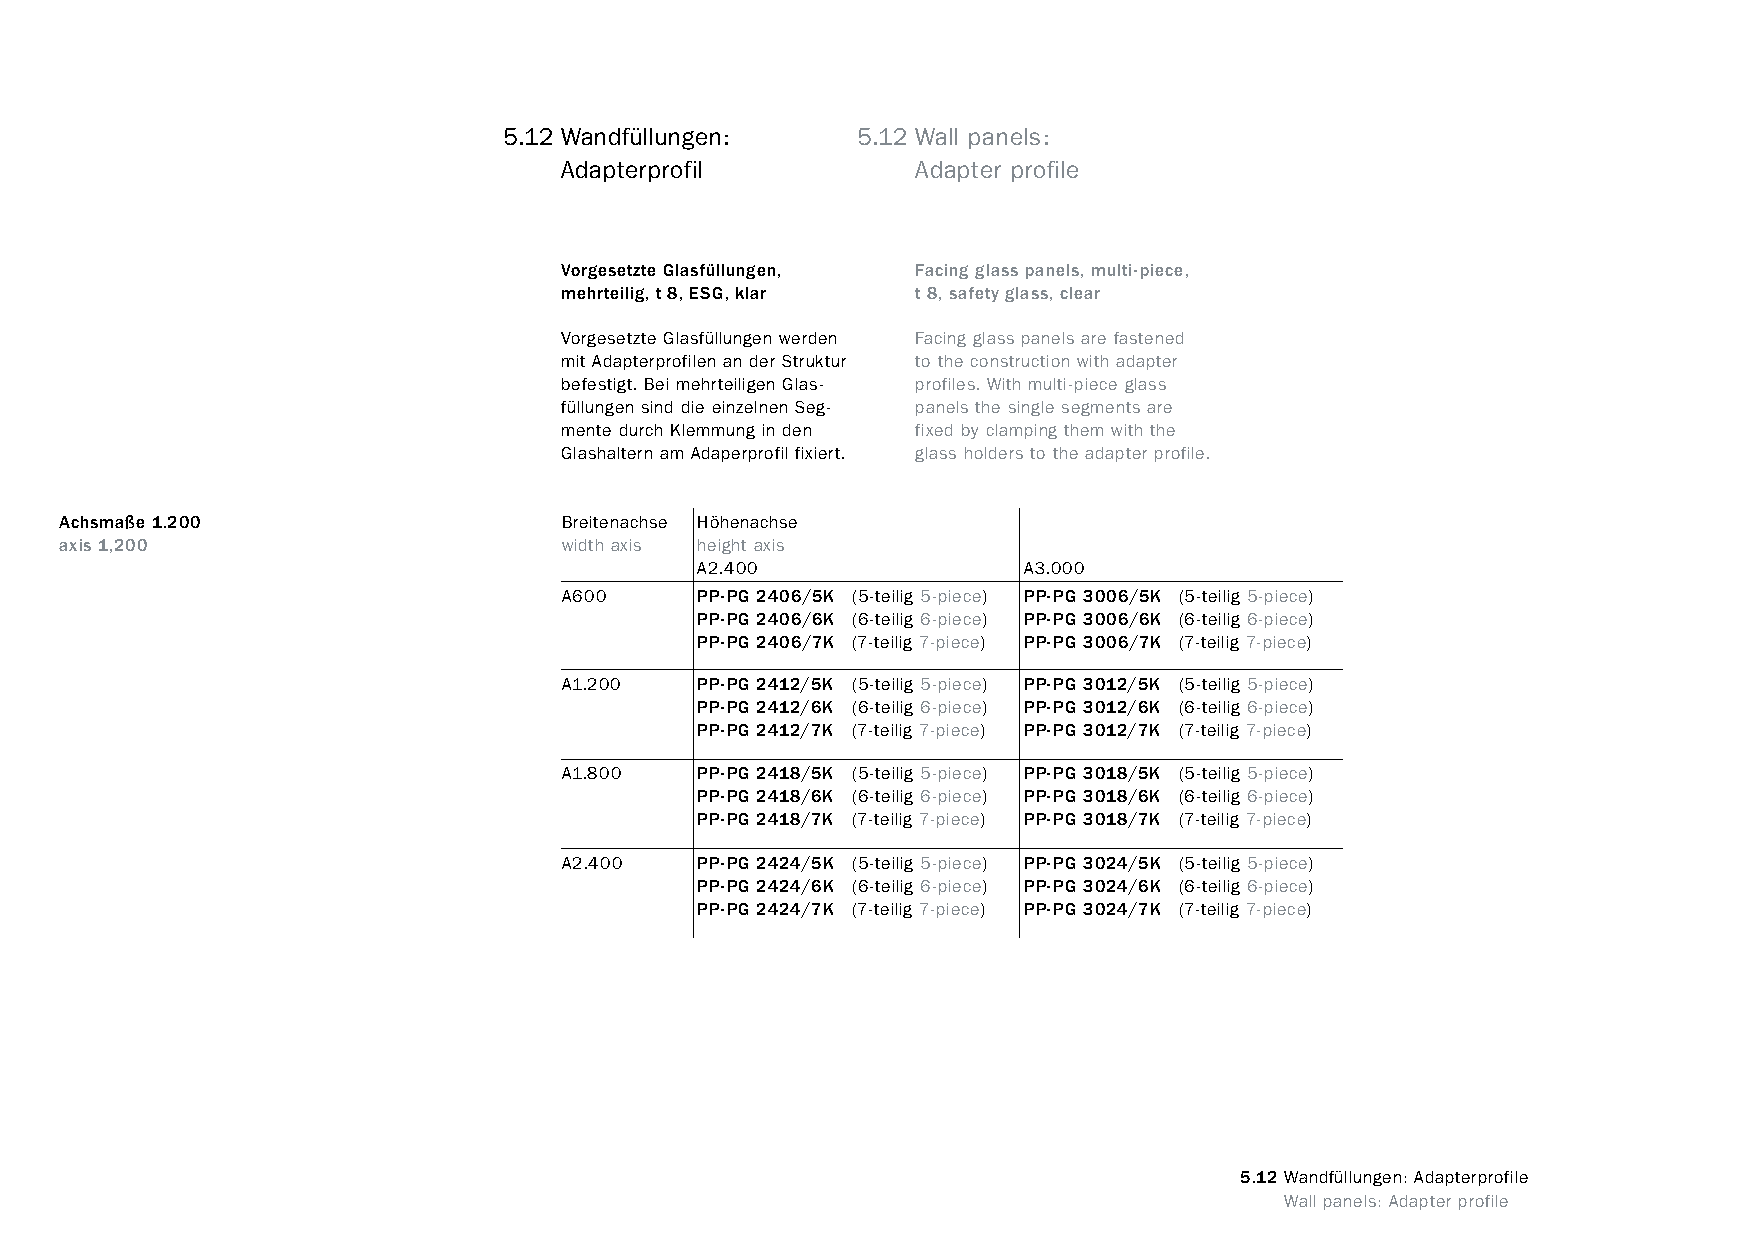
constructivpila petite       5.12 Wandfüllungen:     5.12 Wall panels:
 Adapterprofil           Adapter profile
 Vorgesetzte Glasfüllungen, Facing glass panels, multi-piece,
 mehrteilig, t 8, ESG, klar t 8, safety glass, clear
 Vorgesetzte Glasfüllungen werden Facing glass panels are fastened
 mit Adapterprofilen an der Struktur to the construction with adapter
 befestigt. Bei mehrteiligen Glas- profiles. With multi-piece glass
 füllungen sind die einzelnen Seg- panels the single segments are
 mente durch Klemmung in den fixed by clamping them with the
 Glashaltern am Adaperprofil fixiert. glass holders to the adapter profile.
 Achsmaße 1.200                   Breitenachse Höhenachse
 axis 1,200                       width axis height axis
 A2.400                A3.000
 A600     PP-PG 2406/5K (5-teilig 5-piece) PP-PG 3006/5K (5-teilig 5-piece)
 PP-PG 2406/6K (6-teilig 6-piece) PP-PG 3006/6K (6-teilig 6-piece)
 PP-PG 2406/7K (7-teilig 7-piece) PP-PG 3006/7K (7-teilig 7-piece)
 A1.200   PP-PG 2412/5K (5-teilig 5-piece) PP-PG 3012/5K (5-teilig 5-piece)
 PP-PG 2412/6K (6-teilig 6-piece) PP-PG 3012/6K (6-teilig 6-piece)
 PP-PG 2412/7K (7-teilig 7-piece) PP-PG 3012/7K (7-teilig 7-piece)
 A1.800   PP-PG 2418/5K (5-teilig 5-piece) PP-PG 3018/5K (5-teilig 5-piece)
 PP-PG 2418/6K (6-teilig 6-piece) PP-PG 3018/6K (6-teilig 6-piece)
 PP-PG 2418/7K (7-teilig 7-piece) PP-PG 3018/7K (7-teilig 7-piece)
 A2.400   PP-PG 2424/5K (5-teilig 5-piece) PP-PG 3024/5K (5-teilig 5-piece)
 PP-PG 2424/6K (6-teilig 6-piece) PP-PG 3024/6K (6-teilig 6-piece)
 PP-PG 2424/7K (7-teilig 7-piece) PP-PG 3024/7K (7-teilig 7-piece)
 5.12 Wandfüllungen: Adapterprofile
 www.burkhardtleitner.de                                                          Wall panels: Adapter profile